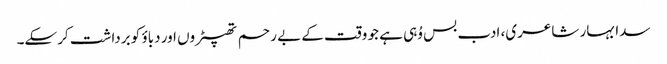
سدا بہار شاعری، ادب بس وُہی ہے جو وقت کے بے رحم تھپیڑوں اور دباؤ کو برداشت کرسکے۔